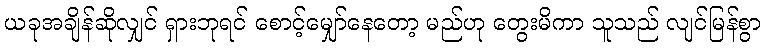
ယခုအချိန်ဆိုလျှင် ရှားဘုရင် စောင့်မျှော်နေတော့ မည်ဟု တွေးမိကာ သူသည် လျင်မြန်စွာ